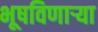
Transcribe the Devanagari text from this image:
भूषविणार्‍या